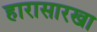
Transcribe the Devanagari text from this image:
हारासारखा